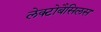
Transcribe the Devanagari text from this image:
लेक्टोबैसिलस